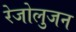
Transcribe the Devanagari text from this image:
रेजोलुजन